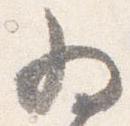
為